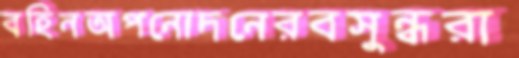
বহিনঅপনোদনেরবসুন্ধরা